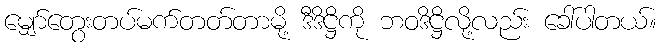
မျှော်တွေးတပ်မက်တတ်တာမို့ ဒီဒိဋ္ဌိကို ဘဝဒိဋ္ဌိလို့လည်း ခေါ်ပါတယ်။